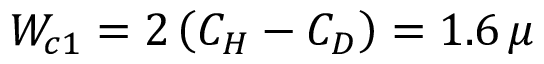
W _ { c 1 } = 2 \left( C _ { H } - C _ { D } \right) = 1 . 6 \, \mu